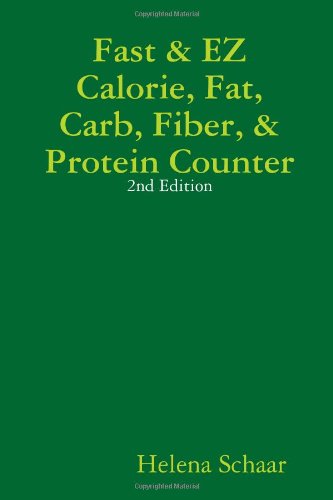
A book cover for Fast & EZ Calorie, Fat, Carb, Fiber, & Protein Counter 2nd Edition; Helena Schaar; Health, Fitness & Dieting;